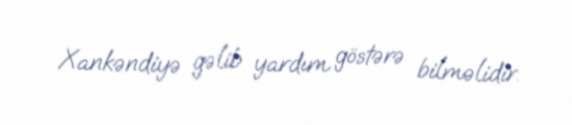
Xankəndiyə gəlib yardım göstərə bilməlidir.